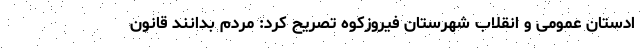
ادستان عمومی و انقلاب شهرستان فیروزکوه تصریح کرد: مردم بدانند قانون